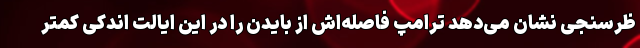
ظرسنجی نشان می‌دهد ترامپ فاصله‌اش از بایدن را در این ایالت اندکی کمتر